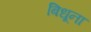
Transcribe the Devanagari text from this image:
बिधूना